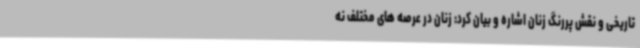
تاریخی و نقش پررنگ زنان اشاره و بیان کرد: زنان در عرصه های مختلف نه